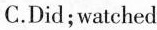
C.Did;watched